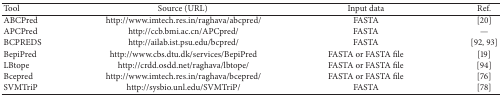
<table><thead><tr><td><b>Tool</b></td><td><b>Source (URL)</b></td><td><b>Input data</b></td><td><b>Ref.</b></td></tr></thead><tbody><tr><td>ABCPred</td><td> http://www.imtech.res.in/raghava/abcpred/</td><td>FASTA</td><td>[20]</td></tr><tr><td>APCPred</td><td> http://ccb.bmi.ac.cn/APCpred/</td><td>FASTA</td><td>—</td></tr><tr><td>BCPREDS</td><td> http://ailab.ist.psu.edu/bcpred/</td><td>FASTA</td><td>[92, 93]</td></tr><tr><td>BepiPred</td><td> http://www.cbs.dtu.dk/services/BepiPred</td><td>FASTA or FASTA file</td><td>[19]</td></tr><tr><td>LBtope</td><td> http://crdd.osdd.net/raghava/lbtope/</td><td>FASTA or FASTA file</td><td>[94]</td></tr><tr><td>Bcepred</td><td> http://www.imtech.res.in/raghava/bcepred/</td><td>FASTA or FASTA file</td><td>[76]</td></tr><tr><td>SVMTriP</td><td> http://sysbio.unl.edu/SVMTriP/</td><td>FASTA</td><td>[78]</td></tr></tbody></table>